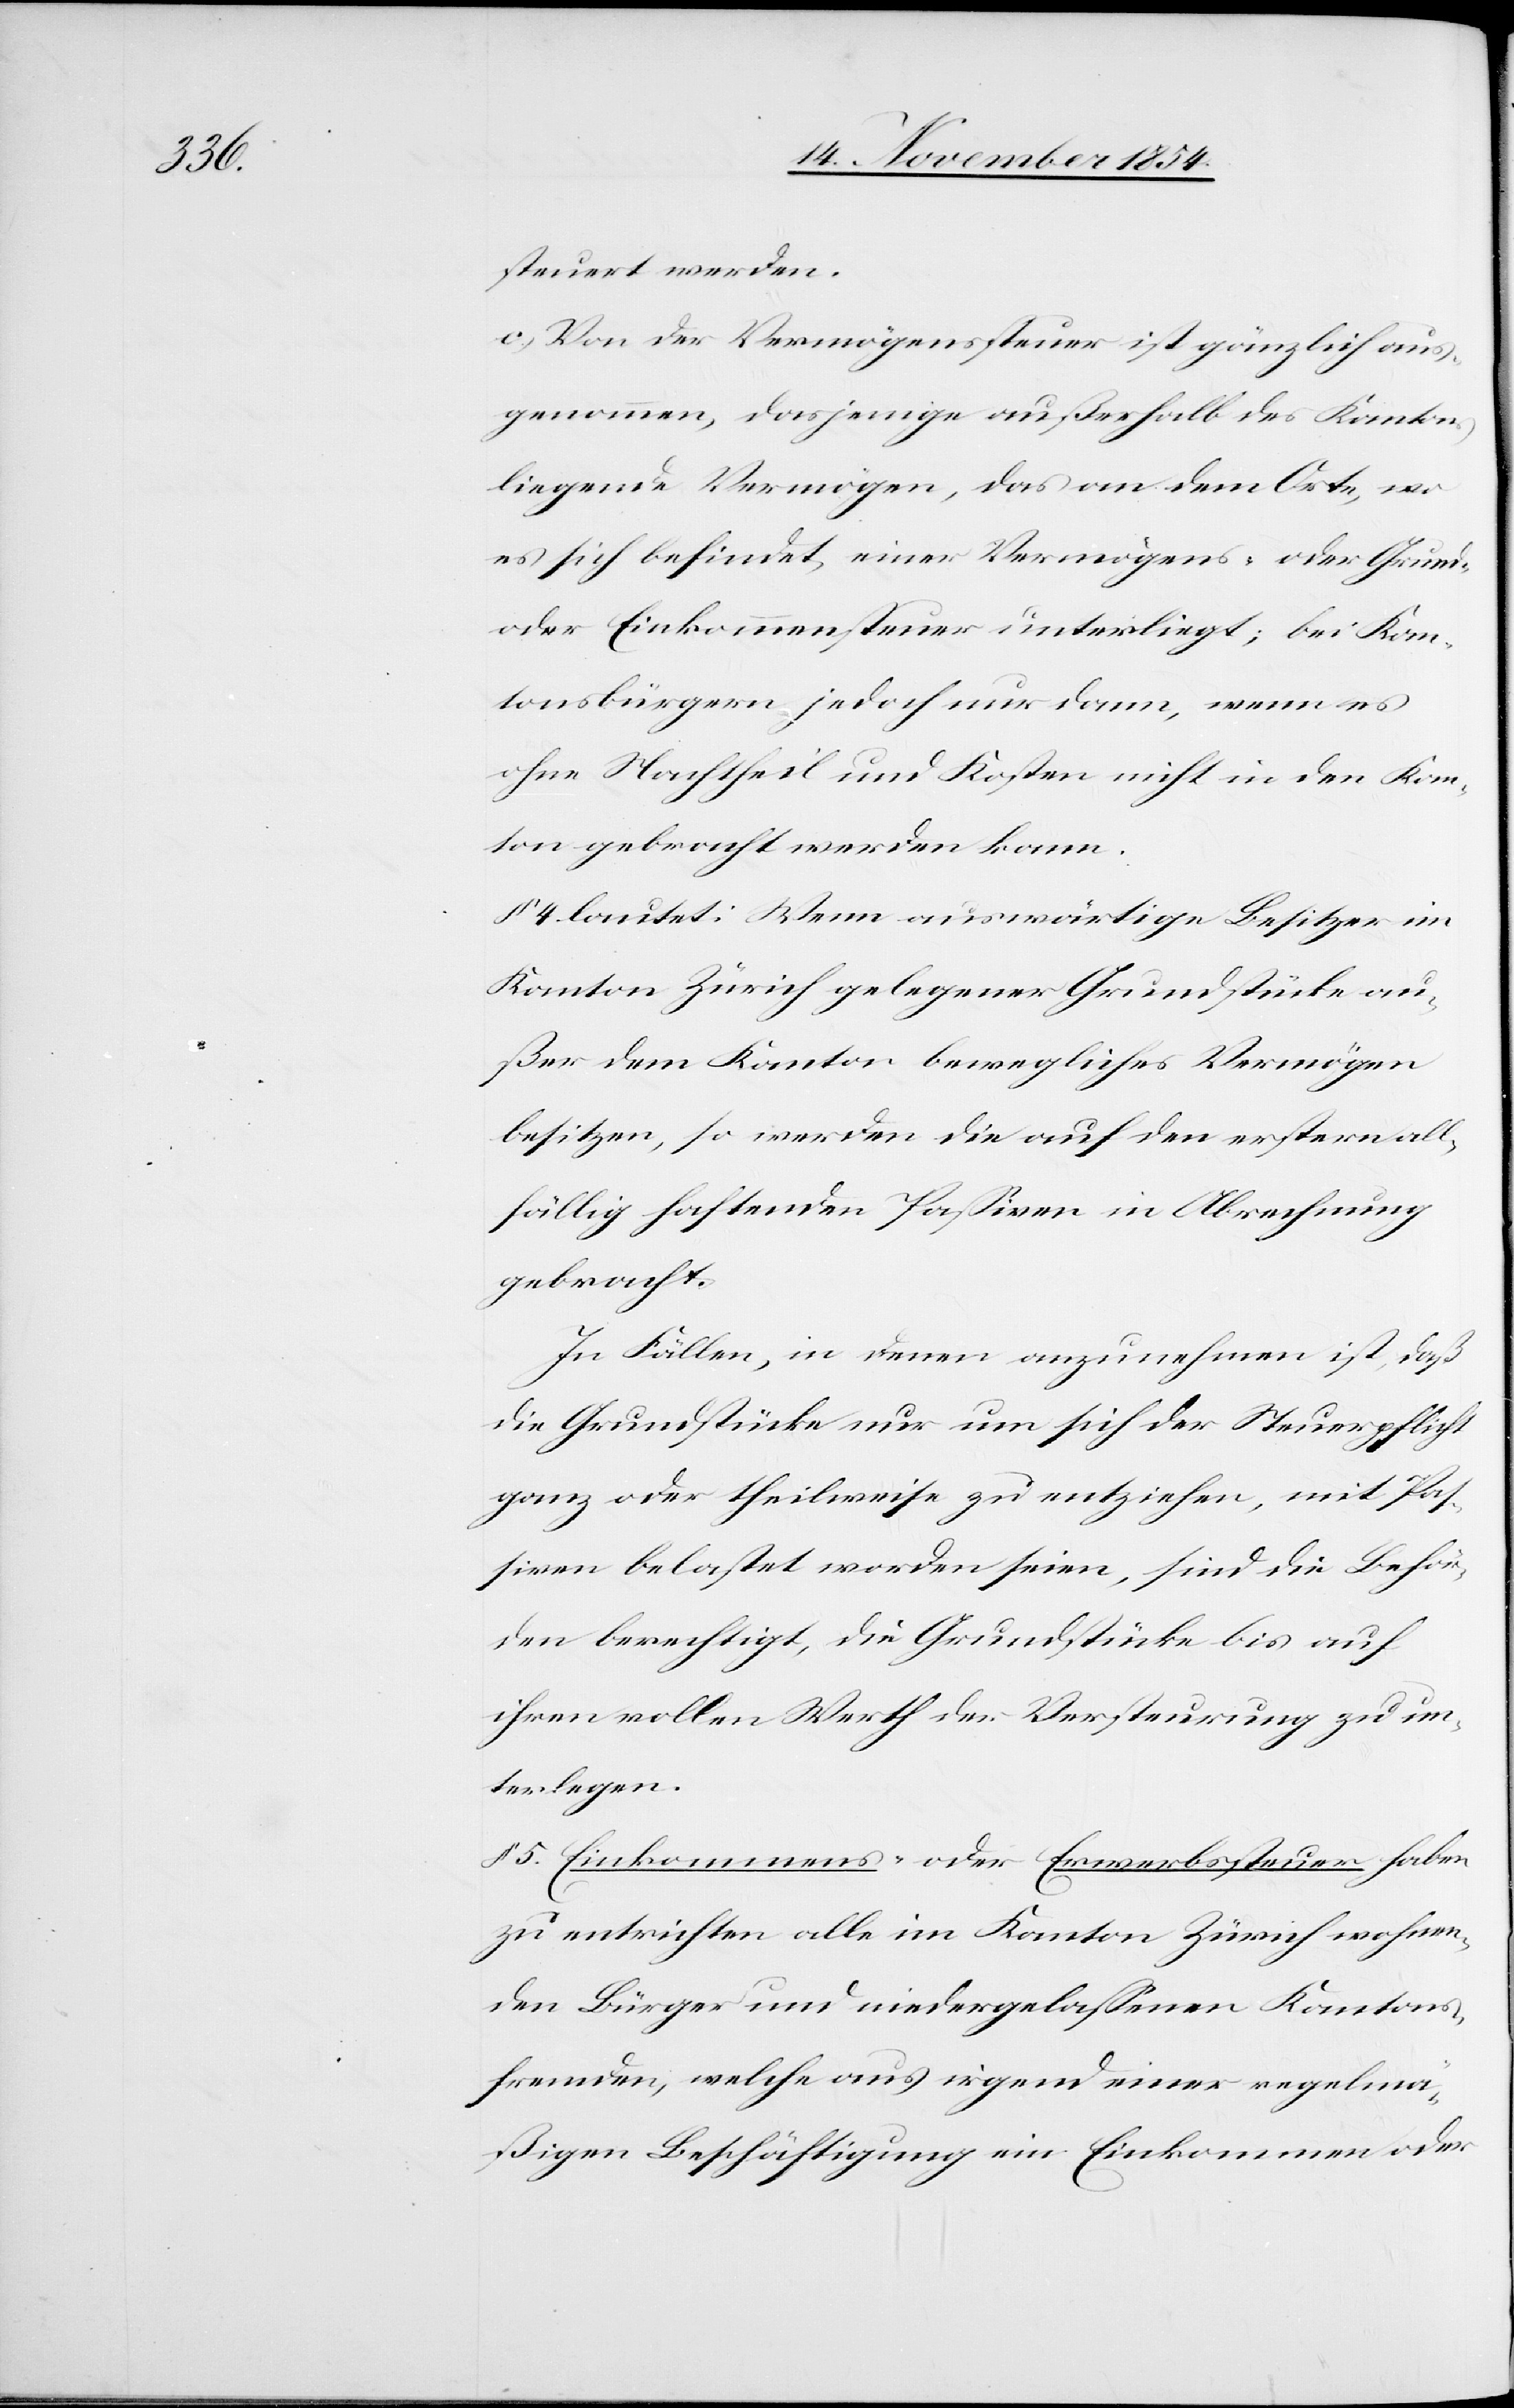
steuert werden.
c.) von der Vermögenssteuer ist gänzlich aus¬
genommen, dasjenige außerhalb des Kantons
liegende Vermögen, das an dem Orte, wo
es sich befindet einer Vermögens- oder Grund-
oder Einkommenssteuer unterliegt; bei Kan¬
tonsbürgern jedoch nur dann, wenn es
ohne Nachtheil und Kosten nicht in den Kan¬
ton gebracht werden kann.
§ 4 lautet: Wenn auswärtige Besitzer im
Kanton Zürich gelegener Grundstücke au¬
ßer dem Kanton bewegliches Vermögen
besitzen, so werden die auf den erstern all¬
fällig haftenden Paßiven in Abrechnung
gebracht.
In Fällen, in denen anzunehmen ist, daß
die Grundstücke nur um sich der Steuerpflicht
ganz oder theilweise zu entziehen, mit Paß¬
iven belastet worden seien, sind die Behör¬
den berechtigt, die Grundstücke bis auf
ihren vollen Werth der Versteurung zu un¬
terlegen.
§ 5. Einkommens- oder Erwerbssteuer haben
zu entrichten alle im Kanton Zürich wohnen¬
den Bürger und niedergelaßenen Kantons¬
fremden, welche aus irgend einer regelmä¬
ßigen Beschäftigung ein Einkommen oder